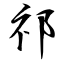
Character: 祁